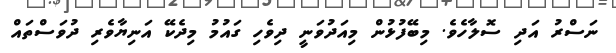
ނަސްރު އަދި ސޮލާހެވެ. މިބޭފުޅުން މިއަދުވަނީ ދިވެހި ގައުމު މިދެކޭ އަނިޔާވެރި ދުވަސްތައް